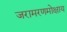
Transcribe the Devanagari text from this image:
जरामरणमोक्षाय